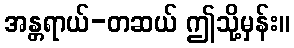
အန္တရာယ်-တဆယ် ဤသို့မှန်း။